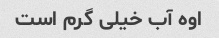
اوه آب خیلی گرم است